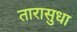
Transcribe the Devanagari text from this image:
तारासुधा